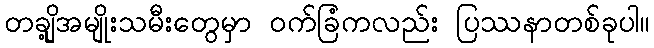
တချို့အမျိုးသမီးတွေမှာ ဝက်ခြံကလည်း ပြဿနာတစ်ခုပါ။